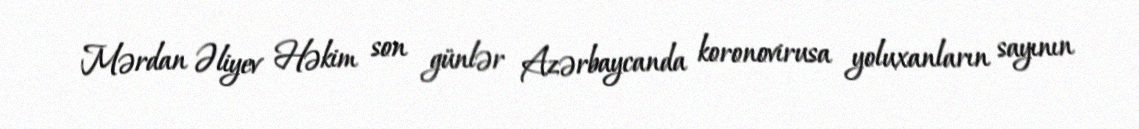
Mərdan Əliyev Həkim son günlər Azərbaycanda koronovirusa yoluxanların sayının